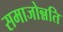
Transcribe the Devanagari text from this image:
समाजोन्नति